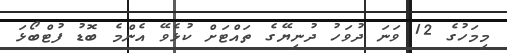
މިމަހުގެ 12 ވަނަ ދުވަހު ދުނިޔޭގެ ތައްޓަށް ކުޅެވޭ އެންމެ ބޮޑު ފުޓްބޯޅަ